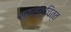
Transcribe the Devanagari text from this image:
स्वस्थचित्त